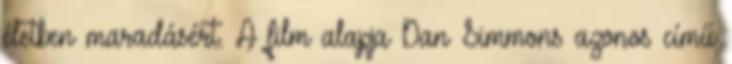
életben maradásért. A film alapja Dan Simmons azonos című